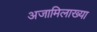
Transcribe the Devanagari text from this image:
अजामिलाख्या